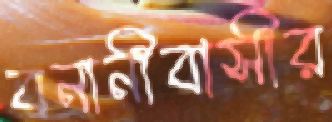
বনানীবাসীর